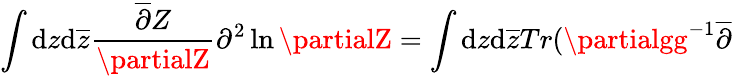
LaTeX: \int\mathrm{d}z\mathrm{d}\overline{{{{z}}}}\frac{{\overline{{{{\partial}}}}Z}}{{\partialZ}}\partial^{2}\ln\partialZ=\int\mathrm{d}z\mathrm{d}\overline{{{{z}}}}Tr(\partialgg^{-1}\overline{{{{\partial}}}}